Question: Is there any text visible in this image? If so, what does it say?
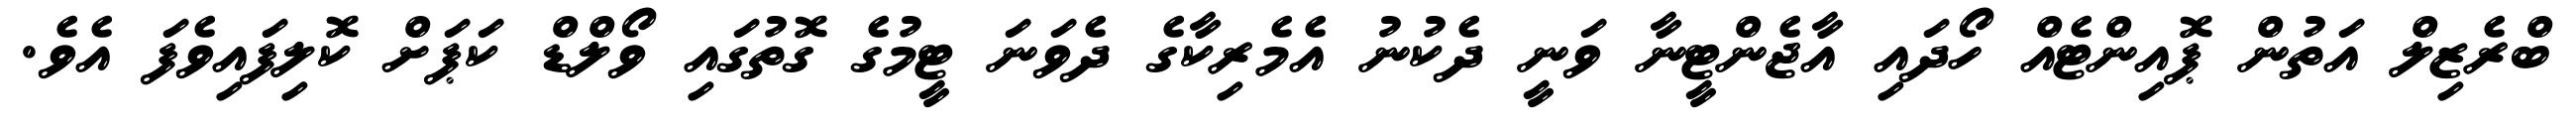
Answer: ބްރެޒިލް އަތުން ޕޮއިންޓެއް ހޯދައި އާޖެންޓީނާ ވަނީ ދެކުނު އެމެރިކާގެ ދެވަނަ ޓީމުގެ ގޮތުގައި ވޯލްޑް ކަޕަށް ކޮލިފައިވެފަ އެވެ.